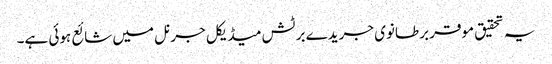
یہ تحقیق موقر برطانوی جریدے برٹش میڈیکل جرنل میں شائع ہوئی ہے۔